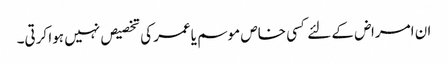
ان امراض کے لئے کسی خاص موسم یاعمر کی تخصیص نہیں ہوا کرتی۔